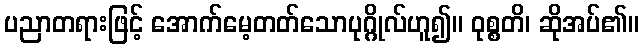
ပညာတရားဖြင့် အောက်မေ့တတ်သောပုဂ္ဂိုလ်ဟူ၍။ ဝုစ္စတိ၊ ဆိုအပ်၏။